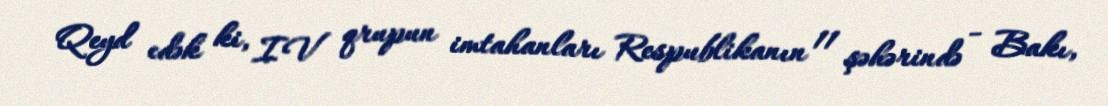
Qeyd edək ki, IV qrupun imtahanları Respublikanın 11 şəhərində - Bakı,